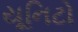
યૂનિટો